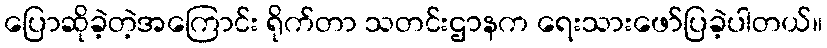
ပြောဆိုခဲ့တဲ့အကြောင်း ရိုက်တာ သတင်းဌာနက ရေးသားဖော်ပြခဲ့ပါတယ်။